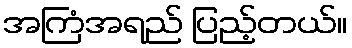
အကြံအရည် ပြည့်တယ်။